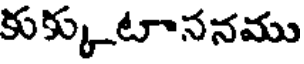
కుక్కుటాసనము